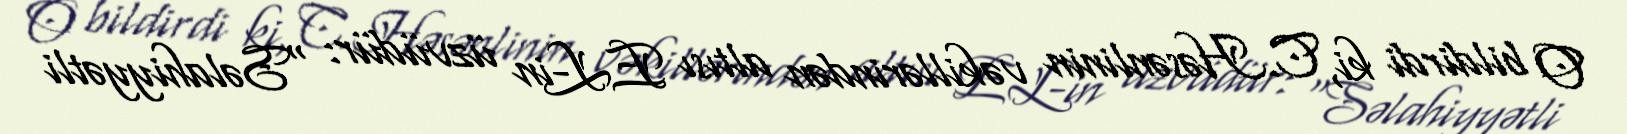
O bildirdi ki, C.Həsənlinin vəkillərindən altısı EL-in üzvüdür: “Səlahiyyətli